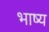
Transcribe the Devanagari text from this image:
भाष्‍य